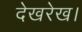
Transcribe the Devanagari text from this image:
देखरेख।